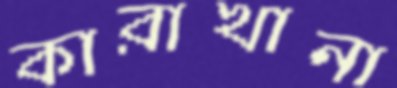
কারাখানা